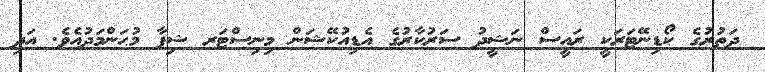
ދަތުރުގެ ކޯޑިނޭޓަރަކީ ރައީސް ނަޝީދު ސަރުކާރުގެ އެޑިއުކޭޝަން މިނިސްޓަރ ޝިފާ މުޙަންމަދުއެވެ. އަދި